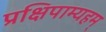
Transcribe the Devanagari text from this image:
प्रक्षिपाम्यहम्